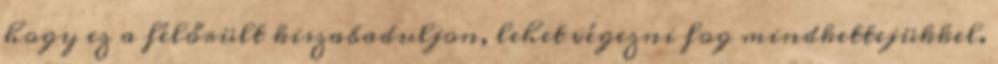
hogy ez a félőrült kiszabaduljon, lehet végezni fog mindkettejükkel.